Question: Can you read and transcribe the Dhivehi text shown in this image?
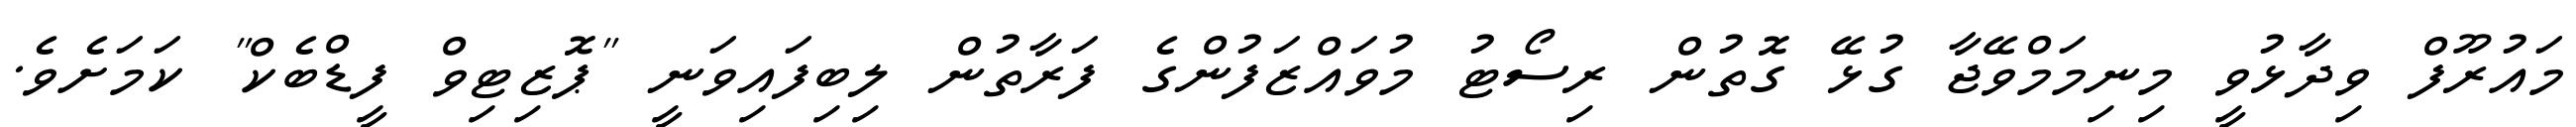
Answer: މައުރޫފް ވިދާޅުވީ މިނިމަމްވޭޖާ ގުޅޭ ގޮތުން ރިސޯޓު މުވައްޒަފުންގެ ފަރާތުން ލިބިފައިވަނީ "ޕޮޒިޓިވް ފީޑްބެކް" ކަމަށެވެ.